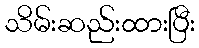
သိမ်းဆည်းထားပြီး